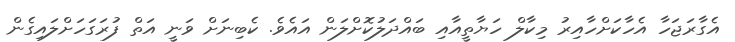
އެގާރަޖަހާ އެހާކަށްހާއިރު މިކާލް ހަޔާތީއާއި ބައްދަލުކޮށްލަން އައެވެ. ކެބިނަށް ވަނީ އަތް ފުރަގަހަށްލައިގެން